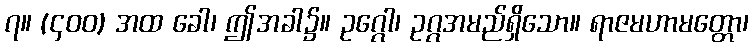
၇။ (၄၀၀) အထ ခေါ၊ ဤအခါ၌။ ဥဂ္ဂေါ၊ ဥဂ္ဂအမည်ရှိသော။ ရာဇမဟာမတ္တော၊